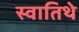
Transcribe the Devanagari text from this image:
स्वातिथे